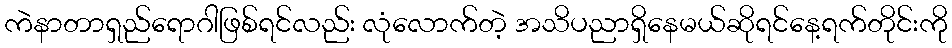
ကဲနာတာရှည်ရောဂါဖြစ်ရင်လည်း လုံလောက်တဲ့ အသိပညာရှိနေမယ်ဆိုရင်နေ့ရက်တိုင်းကို